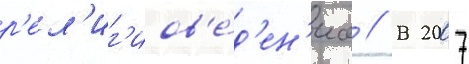
р'ел'иг'иов'е́д'ен'иа // В 2007